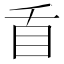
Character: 𭾜